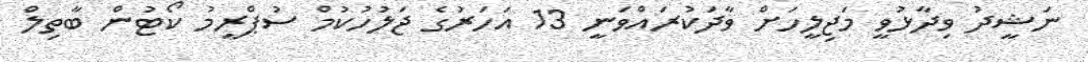
ނަޝީދު ވިދާޅުވީ މަޖިލީހަށް ވާދަކުރައްވަނީ 13 އަހަރުގެ ޖަލުހުކުމް ސުޕްރީމު ކޯޓުން ބާތިލް